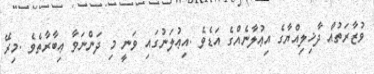
ވުޒާރަތުއް ދާޚިލިއްޔާގެ އިޢުލާނެއްގެ އަޑެވެ .އިޢުލަނުގައި ވަނީ މި ދަންނަވާ ޢިބާރާތެވެ .މިރޭ